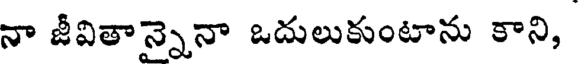
నా జీవితాన్నెనా ఒదులుకుంటాను కాని,